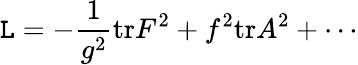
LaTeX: {\cal\mathtt{L}}=-\frac{{1}}{{g^{2}}}\mathrm{{tr}}F^{2}+f^{2}\mathrm{{tr}}A^{2}+\cdots